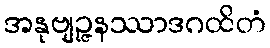
အနုဗျဉ္ဇနဿာဒဂထိတံ